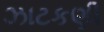
ઝાટકણી